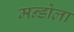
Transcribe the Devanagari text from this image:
मन्डोला